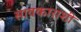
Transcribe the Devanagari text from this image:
सावकाराशी